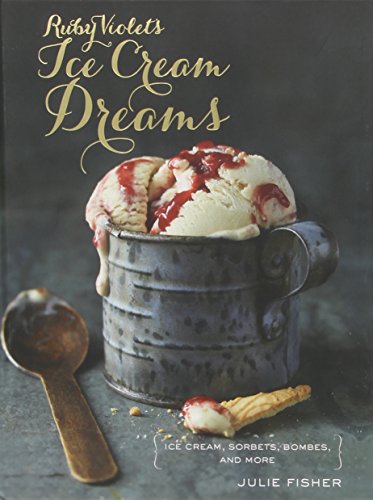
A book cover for Ruby Violet's Ice Cream Dreams: Ice Cream, Sorbets, Bombes, and More; Julie Fisher; Cookbooks, Food & Wine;